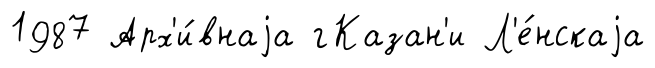
1987 Арх'и́внаjа гКазан'и Л'е́нскаjа